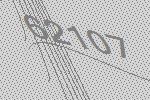
62107